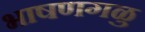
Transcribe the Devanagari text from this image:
भाषणगळु